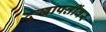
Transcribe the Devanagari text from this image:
दुखापतींवर